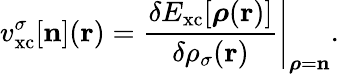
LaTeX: v_{\mathrm{xc}}^{\sigma}[{\mathbf n}]({\mathbf r})=\left.\frac{\delta E_{\mathrm{xc}}[{\boldsymbol\rho}({\mathbf r})]}{\delta\rho_{\sigma}({\mathbf r})}\right\vert_{{\boldsymbol\rho}={\mathbf n}}.